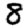
Digit: 8